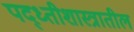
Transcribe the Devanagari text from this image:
पद्ध्तीशास्त्रातील